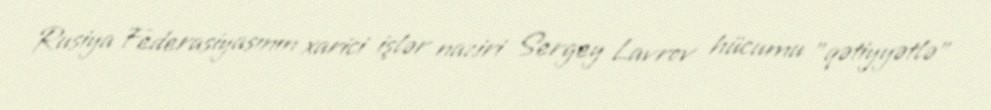
Rusiya Federasiyasının xarici işlər naziri Sergey Lavrov hücumu "qətiyyətlə"